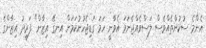
އެންމެ ސުކުންތެއްވެސް ލަސްވެއްޖެނަމަ އެވާނީ ހަމަ ގަޑިޖެހުނުކަމަށް އިނގޭ އިޒާން" ފަރީދު އިޒާންގެ